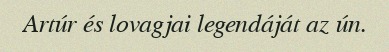
Artúr és lovagjai legendáját az ún.